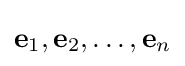
\mathbf {e} _{1},\mathbf {e} _{2},\ldots ,\mathbf {e} _{n}